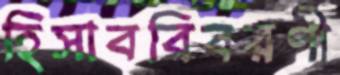
হিসাববিবরণী